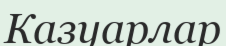
Казуарлар